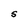
Character: S